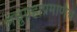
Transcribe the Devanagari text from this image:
लघुग्रहाप्रमाणेच